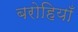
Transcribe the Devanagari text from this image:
बरोहियाँ